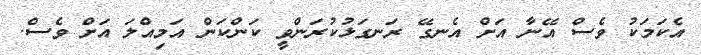
އެކަމަކު ވެސް އޭނާ އަށް އެނގޭ ރަނގަޅުކުރަންވީ ކަންކަން އަމިއްލަ އަށް ވެސް.